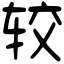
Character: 较